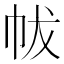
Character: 帗